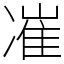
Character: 凗